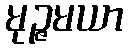
မုဉ္ဇမယာ